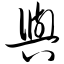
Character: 舆